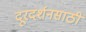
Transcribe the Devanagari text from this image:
दूरदर्शनसाठी